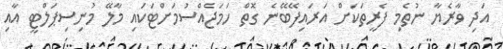
އަދި ވާރެޔާ ނުތެމި ފެރީތަކަށް އަރައިފޭބޭނެ ގޮތް ހަމަޖެއްސުމަށްޓަކައި މާލޭ މުނިސިޕަލްޓީ އާއި